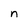
Character: n